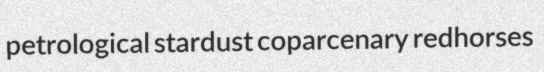
petrological stardust coparcenary redhorses